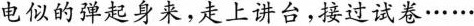
电似的弹起身来，走上讲台，接过试卷……